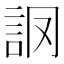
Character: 𧦘